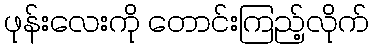
ဖုန်းလေးကို တောင်းကြည့်လိုက်